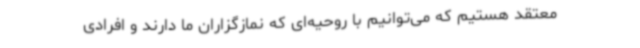
معتقد هستیم که می‌توانیم با روحیه‌ای که نمازگزاران ما دارند و افرادی